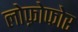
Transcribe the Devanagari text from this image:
लोफ़ोफोर